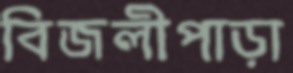
বিজলীপাড়া